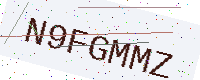
Text: N9FGMMZ